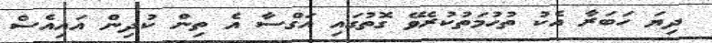
ދިޔަ ހަބަރާ އެކު ތުހުމަތުކުރެވޭ ގޮތުގައި އަގްސާ އެ ތިން ކުދިން އައިއެސް